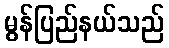
မွန်ပြည်နယ်သည်